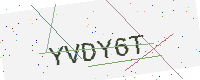
Text: YVDY6T